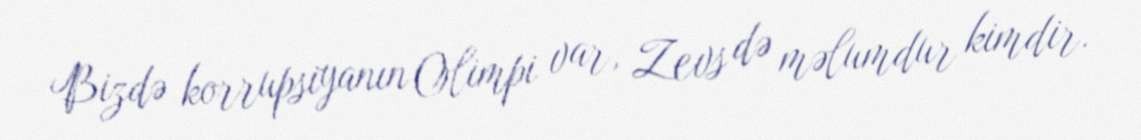
Bizdə korrupsiyanın Olimpi var, Zevs də məlumdur kimdir.